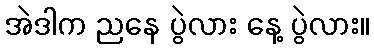
အဲဒါက ညနေ ပွဲလား နေ့ ပွဲလား။